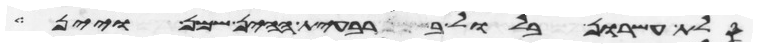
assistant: סלת עשרון בלול ברבעית ההין שמן ויין